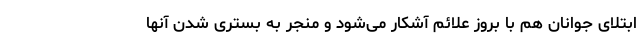
ابتلای جوانان هم با بروز علائم آشکار می‌شود و منجر به بستری شدن آنها